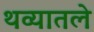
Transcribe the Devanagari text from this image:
थव्यातले